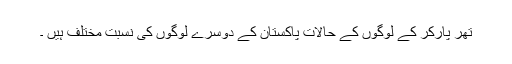
تھر پارکر کے لوگوں کے حالات پاکستان کے دوسرے لوگوں کی نسبت مختلف ہیں ۔